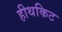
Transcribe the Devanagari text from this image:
हीथकिट